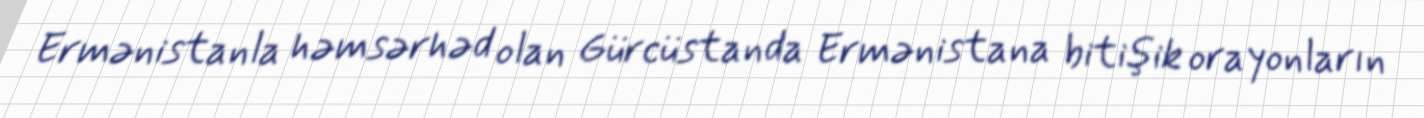
Ermənistanla həmsərhəd olan Gürcüstanda Ermənistana bitişik orayonların